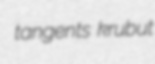
tangents krubut